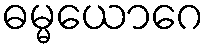
ဓမ္မယောဂေ